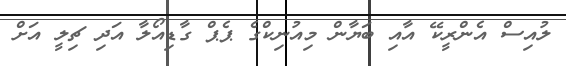
ލުއިސް އެންރީކޭ އާއި ބަޔާން މިއުނިކްގެ ޕެޕް ގާޑިއޯލާ އަދި ޗިލީ އަށް